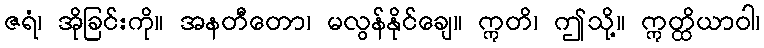
ဇရံ၊ အိုခြင်းကို။ အနတီတော၊ မလွန်နိုင်ချေ။ ဣတိ၊ ဤသို့။ ဣတ္ထိယာဝါ၊